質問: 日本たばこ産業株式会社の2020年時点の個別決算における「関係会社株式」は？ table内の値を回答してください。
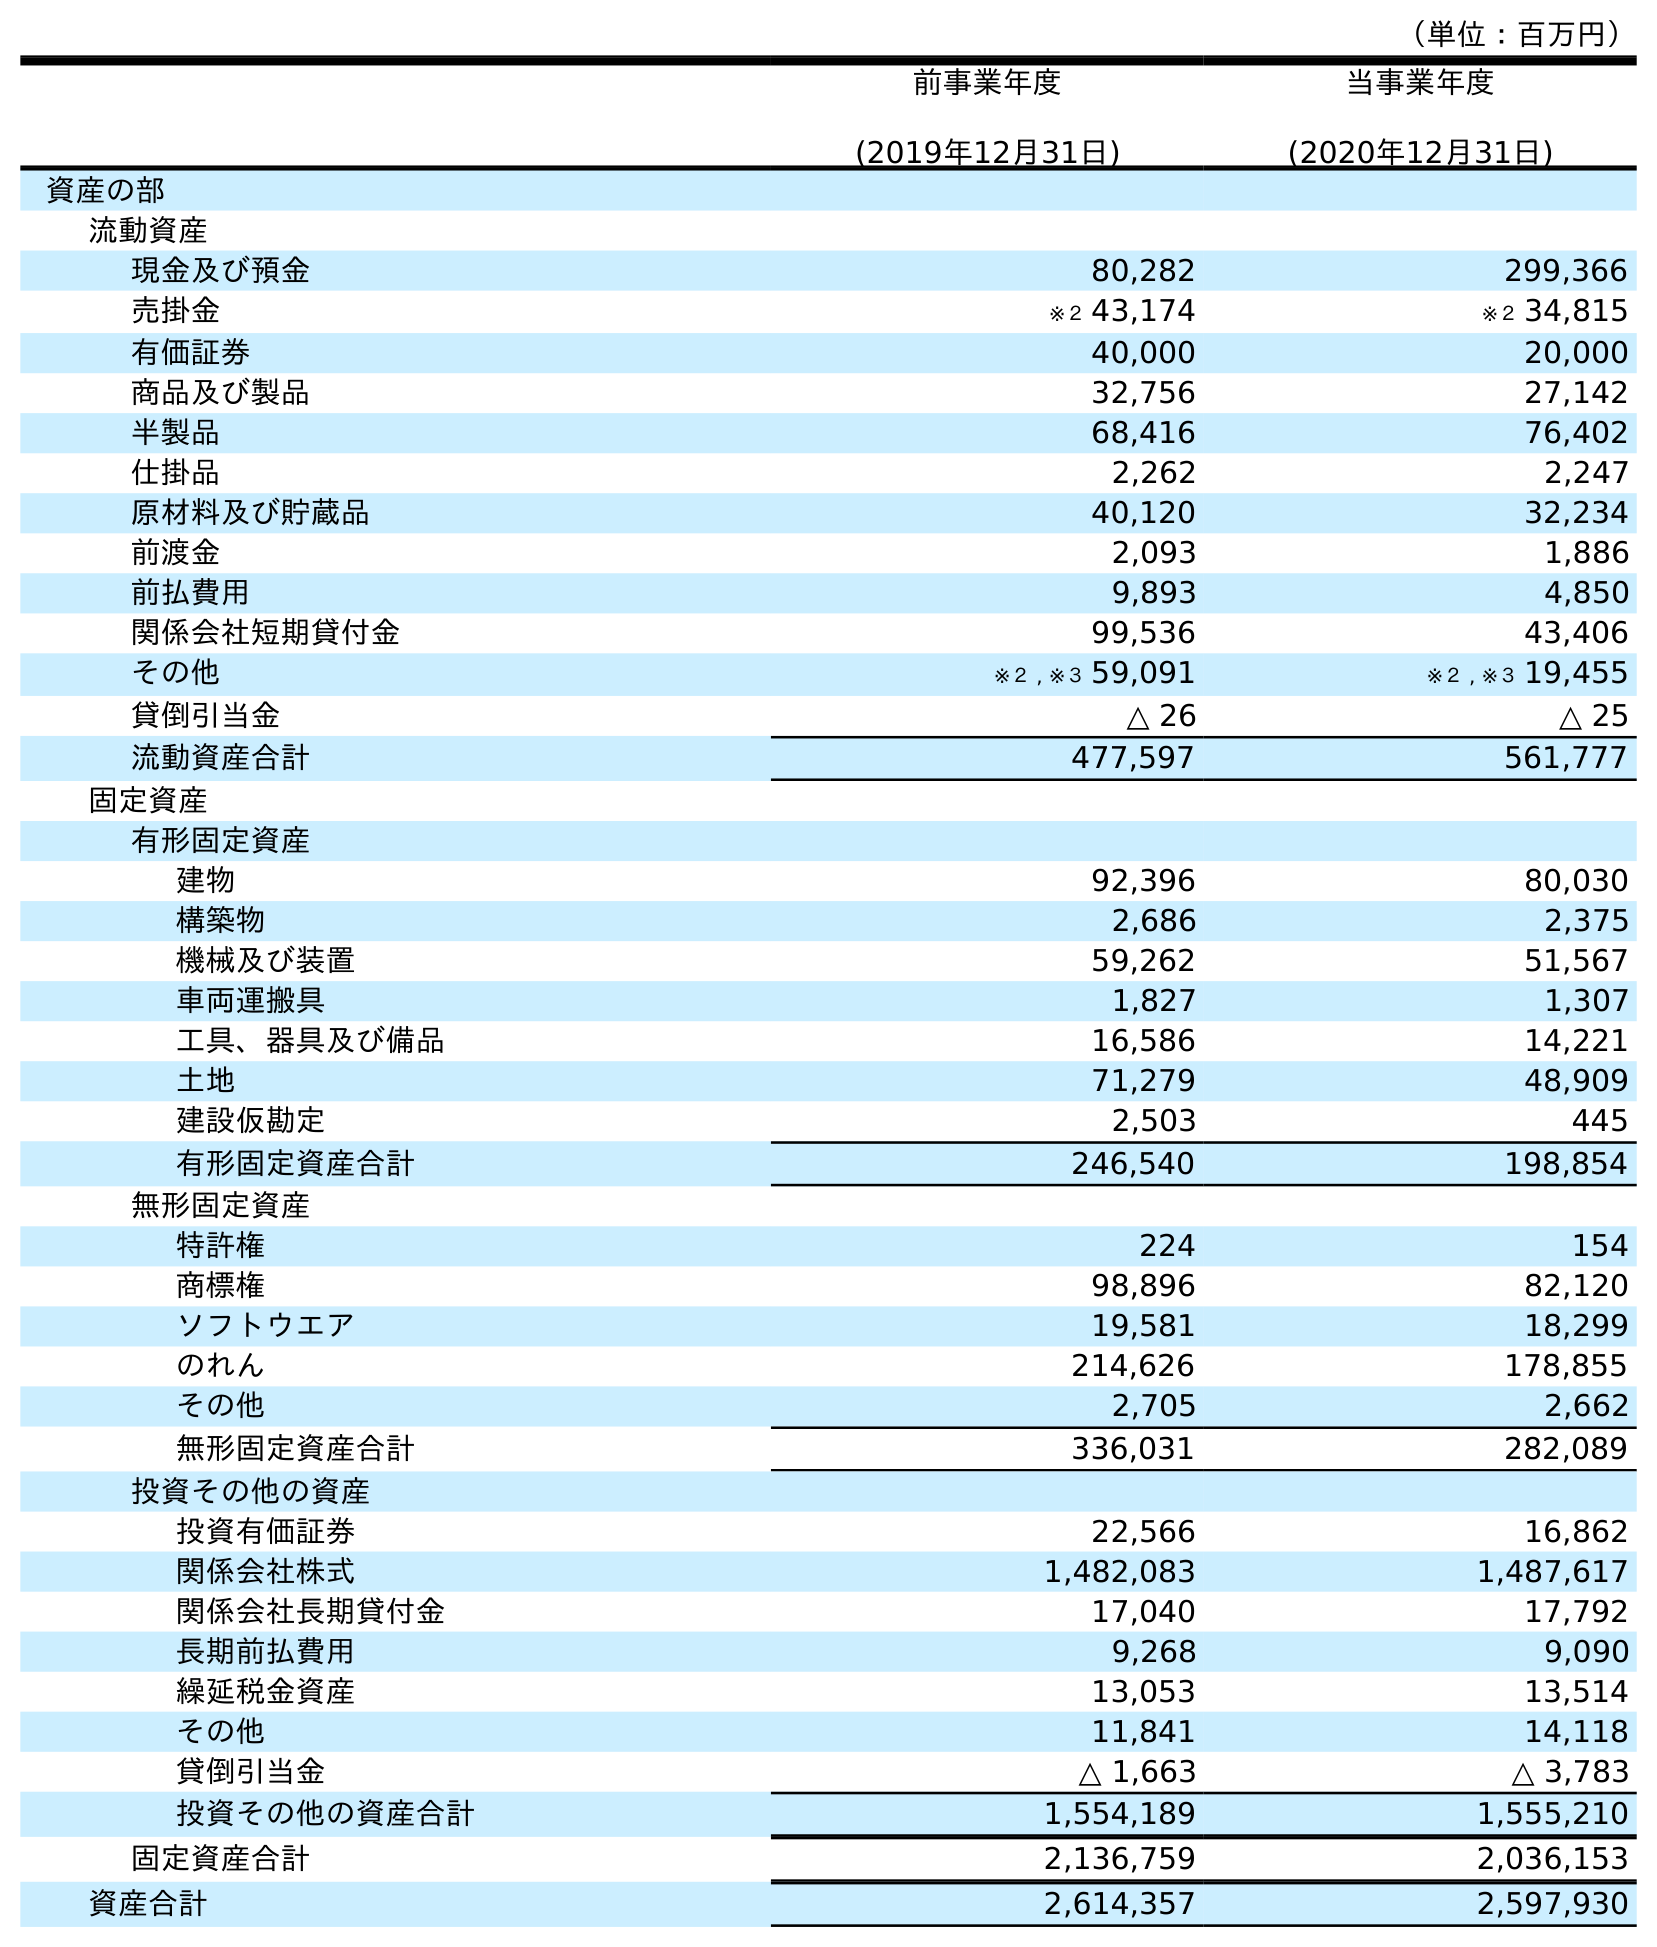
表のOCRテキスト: （単位：百万円） 前事業年度 (2019年12月31日) 当事業年度 (2020年12月31日) 資産の部 流動資産 現金及び預金 80,282 299,366 売掛金 ※２ 43,174 ※２ 34,815 有価証券 40,000 20,000 商品及び製品 32,756 27,142 半製品 68,416 76,402 仕掛品 2,262 2,247 原材料及び貯蔵品 40,120 32,234 前渡金 2,093 1,886 前払費用 9,893 4,850 関係会社短期貸付金 99,536 43,406 その他 ※２ , ※３ 59,091 ※２ , ※３ 19,455 貸倒引当金 △ 26 △ 25 流動資産合計 477,597 561,777 固定資産 有形固定資産 建物 92,396 80,030 構築物 2,686 2,375 機械及び装置 59,262 51,567 車両運搬具 1,827 1,307 工具、器具及び備品 16,586 14,221 土地 71,279 48,909 建設仮勘定 2,503 445 有形固定資産合計 246,540 198,854 無形固定資産 特許権 224 154 商標権 98,896 82,120 ソフトウエア 19,581 18,299 のれん 214,626 178,855 その他 2,705 2,662 無形固定資産合計 336,031 282,089 投資その他の資産 投資有価証券 22,566 16,862 関係会社株式 1,482,083 1,487,617 関係会社長期貸付金 17,040 17,792 長期前払費用 9,268 9,090 繰延税金資産 13,053 13,514 その他 11,841 14,118 貸倒引当金 △ 1,663 △ 3,783 投資その他の資産合計 1,554,189 1,555,210 固定資産合計 2,136,759 2,036,153 資産合計 2,614,357 2,597,930
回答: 1,487,617